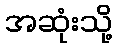
အဆုံးသို့